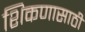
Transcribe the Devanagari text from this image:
शिकणासाठी